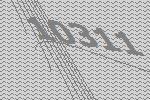
10311